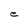
Character: e